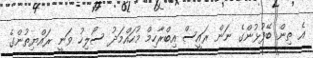
އެ ތިން ބޭފުޅުންގެ ނަން ރައީސް އިބްރާހިމް މުހައްމަދު ސޯލިހު ވަނީ ރައްޔިތުންގެ